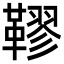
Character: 𩌭